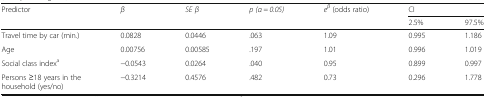
| <ROWSPAN=2> Predictor | <ROWSPAN=2> β | <ROWSPAN=2> SE β | <ROWSPAN=2> p (α = 0.05) | <ROWSPAN=2> eβ (odds ratio) | <COLSPAN=2> CI |
 | 2.5% | 97.5% |
 | --- | --- | --- | --- | --- | --- | --- |
 | Travel time by car (min.) | 0.0828 | 0.0446 | .063 | 1.09 | 0.995 | 1.186 |
 | Age | 0.00756 | 0.00585 | .197 | 1.01 | 0.996 | 1.019 |
 | Social class indexa | −0.0543 | 0.0264 | .040 | 0.95 | 0.899 | 0.997 |
 | Persons ≥18 years in the household (yes/no) | −0.3214 | 0.4576 | .482 | 0.73 | 0.296 | 1.778 |